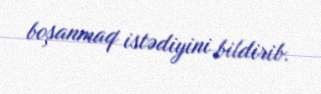
boşanmaq istədiyini bildirib.